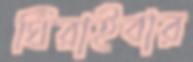
ঘিরাইবার